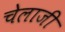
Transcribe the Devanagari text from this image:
चेलाजी